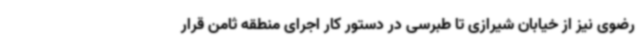
رضوی نیز از خیابان شیرازی تا طبرسی در دستور کار اجرای منطقه ثامن قرار